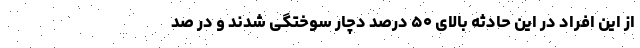
از این افراد در این حادثه بالای ۵۰ درصد دچار سوختگی شدند و در صد